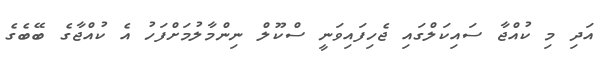
އަދި މި ކުއްޖާ ސައިކަލްގައި ޖެހިފައިވަނީ ސްކޫލް ނިންމާލުމަށްފަހު އެ ކުއްޖާގެ ބޭބެގެ